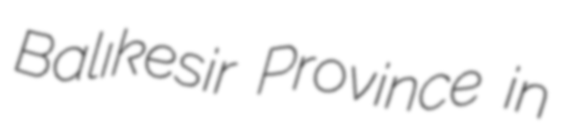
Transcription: Balıkesir Province in